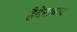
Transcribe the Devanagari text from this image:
हैदेराबाद